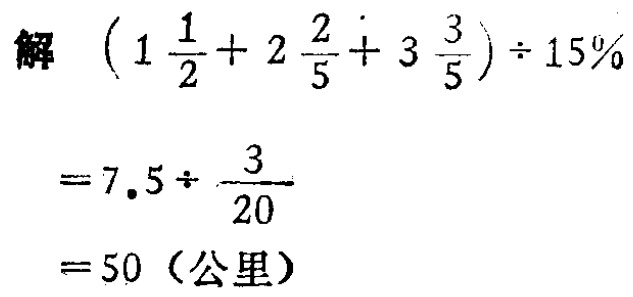
解 \(\left(1\frac{1}{2}+2\frac{2}{5}+3\frac{3}{5}\right)\div 15\%\)

\(=7.5\div\frac{3}{20}\)

\(= 50\)（公里）